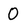
Character: 0